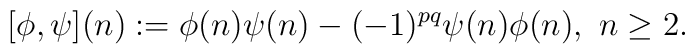
[\phi,\psi](n) := \phi(n)\psi(n) - (-1)^{pq}\psi(n)\phi(n),\ n\geq2.